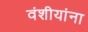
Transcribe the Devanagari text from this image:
वंशीयांना